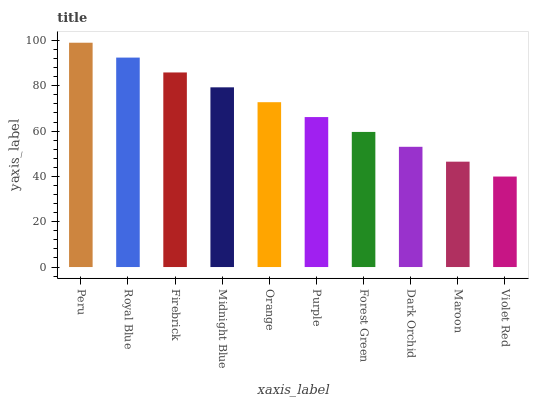
| xaxis_label | bars |
 | --- | --- |
 | Peru | 99 |
 | Royal Blue | 92.4 |
 | Firebrick | 85.9 |
 | Midnight Blue | 79.3 |
 | Orange | 72.8 |
 | Purple | 66.2 |
 | Forest Green | 59.6 |
 | Dark Orchid | 53.1 |
 | Maroon | 46.5 |
 | Violet Red | 39.9 |